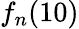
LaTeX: {f_{n}}(10)